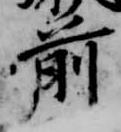
前